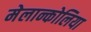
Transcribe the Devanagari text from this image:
मेलान्कोलिया